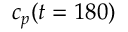
c _ { p } ( t = 1 8 0 )